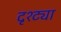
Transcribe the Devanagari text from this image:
दृश्ट्या